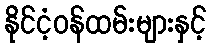
နိုင်ငံ့ဝန်ထမ်းများနှင့်